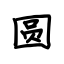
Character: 圆